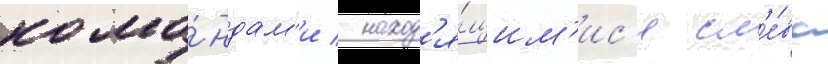
кома́ндам'и / наход'я́щим'ис'я сл'е́ва